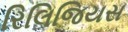
રિલિજિયસ